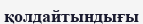
қолдайтындығы